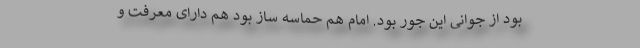
بود از جوانی این جور بود. امام هم حماسه‌ ساز بود هم دارای معرفت و